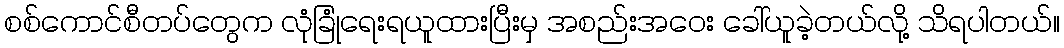
စစ်ကောင်စီတပ်တွေက လုံခြုံရေးရယူထားပြီးမှ အစည်းအဝေး ခေါ်ယူခဲ့တယ်လို့ သိရပါတယ်။